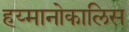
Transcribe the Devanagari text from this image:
हय्मानोकालिस